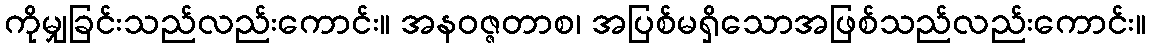
ကိုမျှခြင်းသည်လည်းကောင်း။ အနဝဇ္ဇတာစ၊ အပြစ်မရှိသောအဖြစ်သည်လည်းကောင်း။